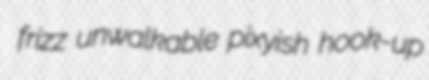
frizz unwalkable pixyish hook-up